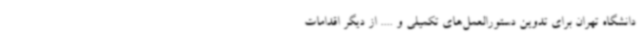
دانشگاه تهران برای تدوین دستورالعمل‌های تکمیلی و .... از دیگر اقدامات